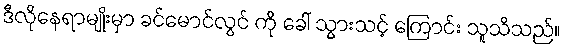
ဒီလိုနေရာမျိုးမှာ ခင်မောင်လွင် ကို ခေါ် သွားသင့် ကြောင်း သူသိသည်။